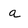
Character: a